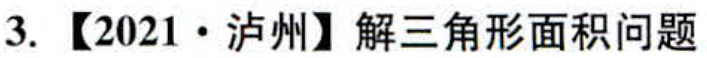
3.【2021·泸州】解三角形面积问题